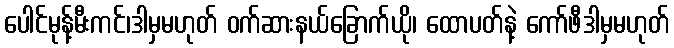
ပေါင်မုန့်မီးကင်၊ဒါမှမဟုတ် ဝက်ဆားနယ်ခြောက်ယို၊ ထောပတ်နဲ့ ကော်ဖီဒါမှမဟုတ်